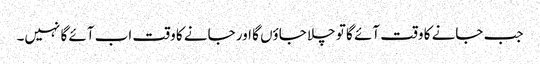
جب جانے کا وقت آئے گا تو چلا جاؤں گا اور جانے کا وقت اب آئے گا نہیں۔